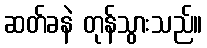
ဆတ်ခနဲ တုန်သွားသည်။